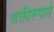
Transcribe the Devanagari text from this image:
शक्तीरूपाने